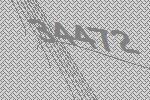
34472